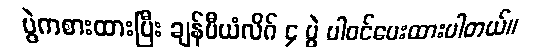
ပွဲကစားထားပြီး ချန်ပီယံလိဂ် ၄ ပွဲ ပါဝင်ပေးထားပါတယ်။